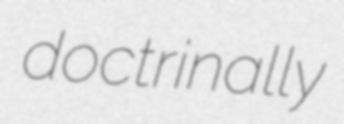
doctrinally